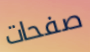
صفحات